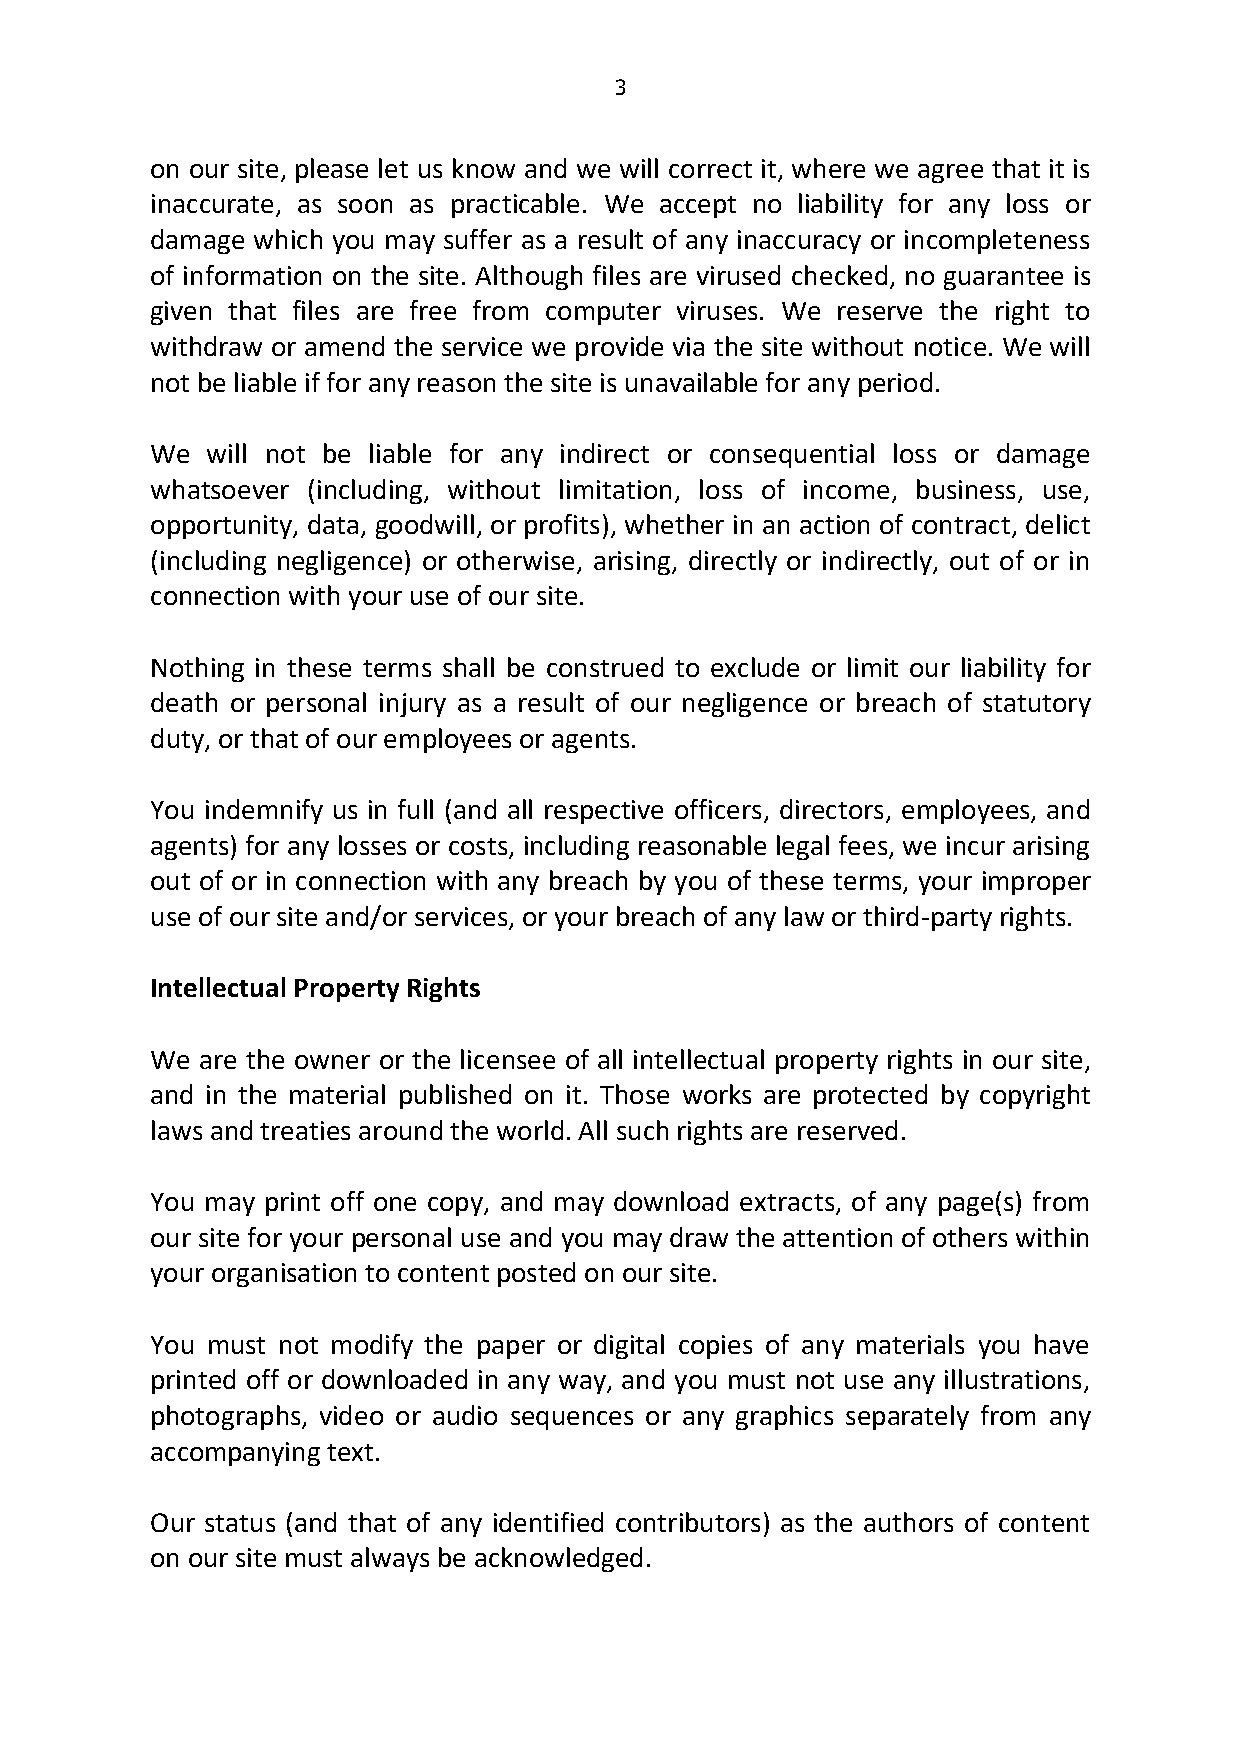
3
 on our site, please let us know and we will correct it, where we agree that it is
 inaccurate, as soon as practicable. We accept no liability for any loss or
 damage which you may suffer as a result of any inaccuracy or incompleteness
 of information on the site. Although files are virused checked, no guarantee is
 given that files are free from computer viruses. We reserve the right to
 withdraw or amend the service we provide via the site without notice. We will
 not be liable if for any reason the site is unavailable for any period.
 We  will not be liable for any indirect or consequential loss or damage
 whatsoever (including, without limitation, loss of income, business, use,
 opportunity, data, goodwill, or profits), whether in an action of contract, delict
 (including negligence) or otherwise, arising, directly or indirectly, out of or in
 connection with your use of our site.
 Nothing in these terms shall be construed to exclude or limit our liability for
 death or personal injury as a result of our negligence or breach of statutory
 duty, or that of our employees or agents.
 You indemnify us in full (and all respective officers, directors, employees, and
 agents) for any losses or costs, including reasonable legal fees, we incur arising
 out of or in connection with any breach by you of these terms, your improper
 use of our site and/or services, or your breach of any law or third-party rights.
 Intellectual Property Rights
 We are the owner or the licensee of all intellectual property rights in our site,
 and in the material published on it. Those works are protected by copyright
 laws and treaties around the world. All such rights are reserved.
 You may print off one copy, and may download extracts, of any page(s) from
 our site for your personal use and you may draw the attention of others within
 your organisation to content posted on our site.
 You must not modify the paper or digital copies of any materials you have
 printed off or downloaded in any way, and you must not use any illustrations,
 photographs, video or audio sequences or any graphics separately from any
 accompanying text.
 Our status (and that of any identified contributors) as the authors of content
 on our site must always be acknowledged.